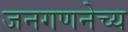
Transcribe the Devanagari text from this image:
जनगणनेच्य